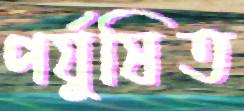
পর্যুষিত